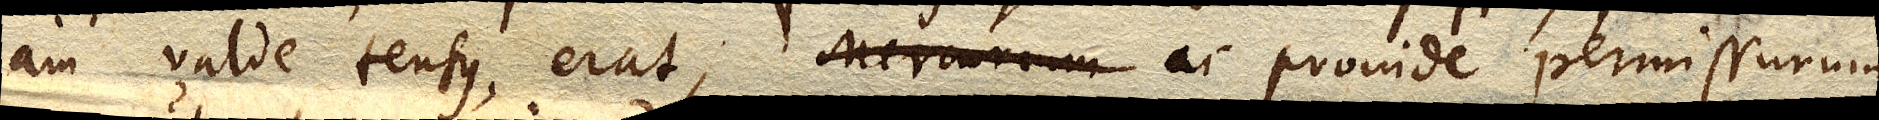
jam valde tensus erat, Mercurium ac proinde permissurum